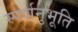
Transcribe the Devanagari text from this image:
स्पर्शनुभूति